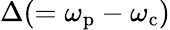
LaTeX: \Delta(=\omega_{\textrm{p}}-\omega_{\textrm{c}})